Lunatic asylums Madras 1892-1911 - 1892-1911
Year: 1892
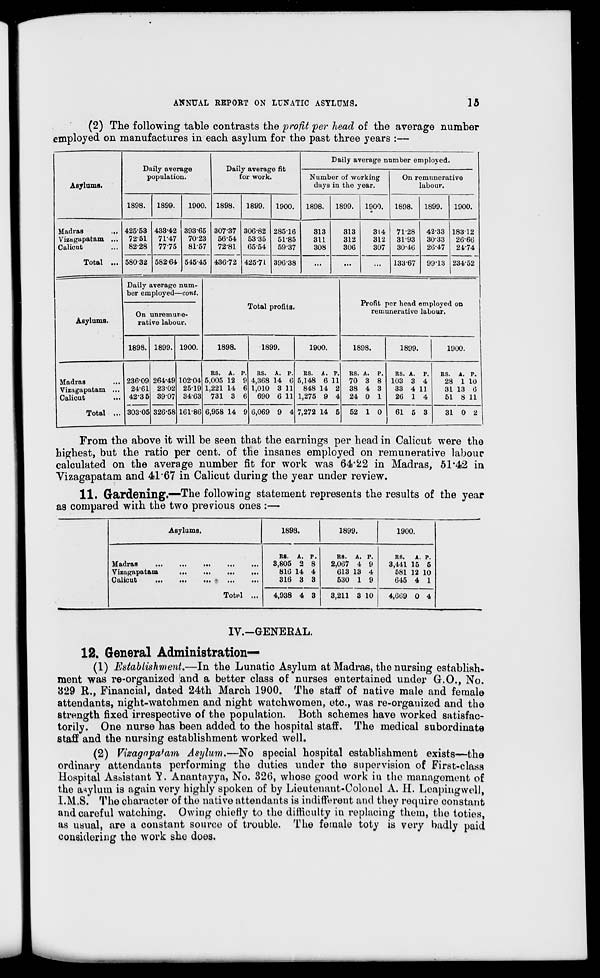
ANNUAL REPORT ON LUNATIC ASYLUMS.
15
(2) The following table contrasts the profit per head of the average number
employed on manufactures in each asylum for the past three years :—
•n-Ji
„ «<-
Daily average number employed.
Asylums.
population.
for work.
Numb
days
er of working
in the year.
On remunerative
labour.
1898.
1899.
1900. 1898.
1899.
1900.
1898.
1899.
1900.
1898.
1899.
1900.
Madras
Vizagapatam ...
Calicut
425-53
7251
82-28
433-42
71-47
77-75
39365
70-23
8157
30737
56-54
72-81
306-82
5335
6554
285-16
51-85
5937
313
311
308
313
312
306
314
312
307
71-28
3193
30-46
42-33
3033
26-47
18312
26-66
24-74
Total ... 580-32 582-64 545-45 436-72 425-71 396-38
...
...
...
13367
99-13 23452
Asylums.
Daily average num-
ber employed—cont.
On unremune-
rative labour.
1898. 1899. 1900.
Madras
Vizagapatam ..
Calicut
Total .
236-09
24-61
42-3 5
30305
264-49
23-02
39-07
32658
102-04
2519
34-63
161-86
Total profits.
1898.
RS. A. P,
5,005 12 9
1,221 14 6
731 3 6
6,958 14 9
1899.
1900.
Profit per head employed on
remunerative labour.
1898.
1899.
1900.
RS. A. P.
4,368 14 6
1,010 3 11
690 6 11
6,069 9 4
RS. A. P.
5,148 6 11
848 14 2
1,275 9 4
RS. A. P.
70 3 8
38 4 3
24 0 1
RS. A. P.
103 3 4
33 4 11
26 1 4
7,272 14 5 52 1 0
61 5 3
RS.
A. P.
28 1 10
31 13 6
51 8 11
31 0 2
From the above it will be seen that the earnings per head in Calicut were the
highest, but the ratio per cent, of the insanes employed on remunerative labour
calculated on the average number fit for work was 64*22 in Madras, 51'42 in
Vizagapatam and 41*67 in Calicut during the year under review.
11. Gardening.—The following statement represents the results of the year
as compared with the two previous ones :—
Asylums.
1898.
1899.
1900.
Madras
Vizagapatam
Calicut
..
Totnl ...
RS.
A. P.
3,805 2 8
816 14 4
316 3 3
4,938 4 3
RS.
A.
2,067 4
613 13
530 1
p.
9
4
9
3,211 3 10
R8.
A. P.
3,441 15 5
581 12 10
645 4 1
4,669 0 4
IV.-GENERAL.
12. General Administration—
(1) Establishmeyit.—In the Lunatic Asylum at Madras, the nursing establish-
ment was re-organized 'and a better class of nurses entertained under G.O., No.
329 R., Financial, dated 24th March 1900. The staff of native male and female
attendants, night-watchmen and night watchwomen, etc., was re-orgauized and the
strength fixed irrespective of the population. Both schemes have worked satisfac-
torily. One nurse has been added to the hospital staff. The medical subordinate
staff and the nursing establishment worked well.
(2) Vizagnpahim Asylum.—No special hospital establishment exists—the
ordinary attendants performing the duties under the supervision of First-class
Hospital As&istant Y. Anantnyya, No. 320, whose good work iu the management of
the asylum is again very highly spoken of by Lieutenant-Colonel A. H. Loaphtgwell,
l.M.S. The character of the native attendants is indifferent and they require constant
and careful watching. Owing chiefly to the difficulty in replacing them, the toties,
as usual, are a constant source of trouble. The female toty is very badly paid
considering the work she does.